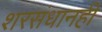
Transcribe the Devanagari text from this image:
शरसंधानही